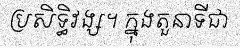
ប្រសិទ្ធិវង្ស។ ក្នុងតួនាទីជា